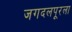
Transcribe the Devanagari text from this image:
जगदलपूरला